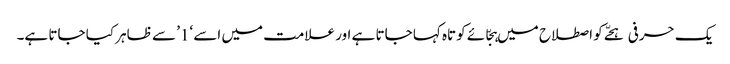
یک حرفی ہجّے کو اصطلاح میں ہجّائے کوتاہ کہا جاتا ہے اور علامت میں اسے ‘1’ سے ظاہر کیا جاتا ہے۔